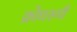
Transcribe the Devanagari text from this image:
क्रोधरूपी